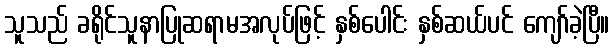
သူသည် ခရိုင်သူနာပြုဆရာမအလုပ်ဖြင့် နှစ်ပေါင်း နှစ်ဆယ်ပင် ကျော်ခဲ့ပြီ။